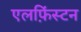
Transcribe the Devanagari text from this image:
एलफ़िंस्टन